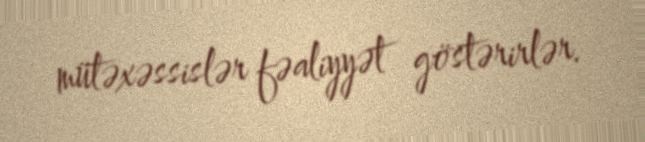
mütəxəssislər fəaliyyət göstərirlər.